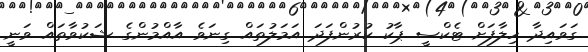
ގަވައިދާ ހިލާފަށް ޓެކްސީ ޕާކު ކުރުންފަދަ އަމަލުތައް ގިނަވެ އާއްމުންގެ ޝަކުވާތައް ވަނީ